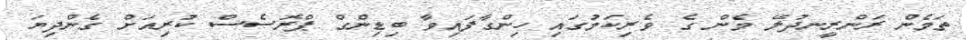
ތަމެން ރަންރީނދުލޭ މެން ގެ ވެރިކަމުގައި ހިންގާފައިވާ ބިޑިންގް ޕްރޮސެސް ކުރިއަށް ގެންދިޔަ